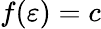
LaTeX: f(\varepsilon)=c